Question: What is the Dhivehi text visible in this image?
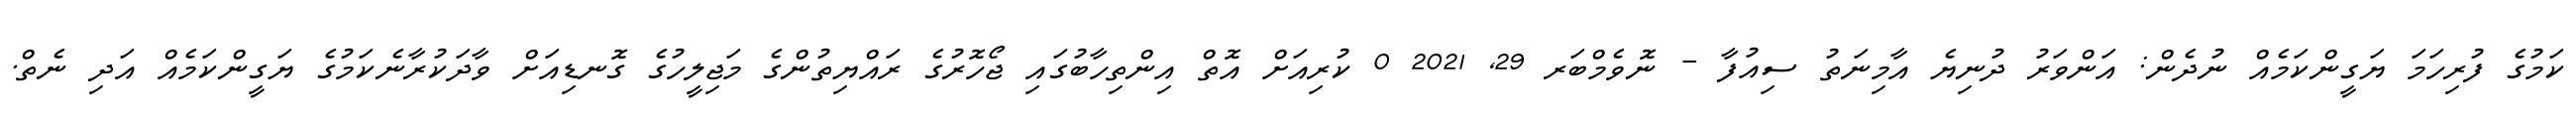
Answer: ކަމުގެ ފުރިހަމަ ޔަގީންކަމެއް ނުދެން: އަންވަރު ދުނިޔެ އާމިނަތު ސިއުފާ - ނޮވެމްބަރ 29, 2021 0 ކުރިއަށް އޮތް އިންތިހާބުގައި ޖޯހޮރުގެ ރައްޔިތުންގެ މަޖިލީހުގެ ގޮނޑިއަށް ވާދަކުރާނެކަމުގެ ޔަގީންކަމެއް އަދި ނެތް.